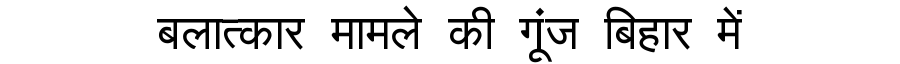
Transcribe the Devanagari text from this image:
बलात्कार मामले की गूंज बिहार में